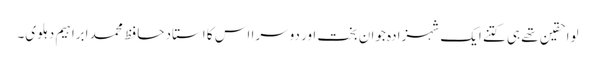
لواحقین تھے ہی کتنے ایک شہزادہ جوان بخت اور دوسرا اس کا استاد حافظ محمد ابراہیم دہلوی۔